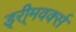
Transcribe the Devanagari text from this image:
ड्री्मवर्क्स